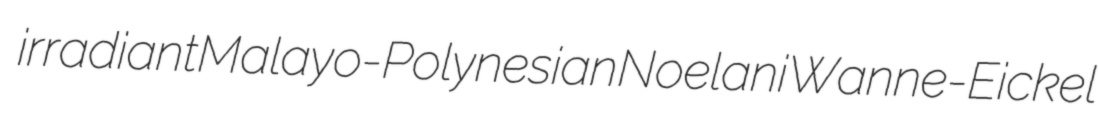
irradiant Malayo-Polynesian Noelani Wanne-Eickel